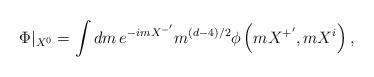
LaTeX: \begin{align*}\Phi |_{X^{0}}=\int dm\,e^{-imX^{-^{\prime }}}m^{\left( d-4\right) /2}\phi\left( mX^{+^{\prime }},mX^{i}\right) , \end{align*}